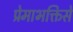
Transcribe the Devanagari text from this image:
प्रेमाभक्तिसे